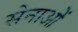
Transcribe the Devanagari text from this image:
सेनाओें